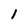
Character: 1